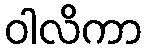
ဝါလိကာ